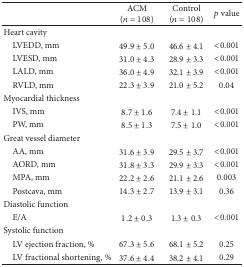
<table><thead><tr><td><b> </b></td><td><b>ACM (<i>n</i> = 108)</b></td><td><b>Control (<i>n</i> = 108)</b></td><td><b><i>p</i> value</b></td></tr></thead><tbody><tr><td>Heart cavity</td><td> </td><td> </td><td> </td></tr><tr><td> LVEDD, mm</td><td>49.9 ± 5.0</td><td>46.6 ± 4.1</td><td>&lt;0.001</td></tr><tr><td> LVESD, mm</td><td>31.0 ± 4.3</td><td>28.9 ± 3.3</td><td>&lt;0.001</td></tr><tr><td> LALD, mm</td><td>36.0 ± 4.9</td><td>32.1 ± 3.9</td><td>&lt;0.001</td></tr><tr><td> RVLD, mm</td><td>22.3 ± 3.9</td><td>21.0 ± 5.2</td><td>0.04</td></tr><tr><td>Myocardial thickness</td><td> </td><td> </td><td> </td></tr><tr><td> IVS, mm</td><td>8.7 ± 1.6</td><td>7.4 ± 1.1</td><td>&lt;0.001</td></tr><tr><td> PW, mm</td><td>8.5 ± 1.3</td><td>7.5 ± 1.0</td><td>&lt;0.001</td></tr><tr><td>Great vessel diameter</td><td> </td><td> </td><td> </td></tr><tr><td> AA, mm</td><td>31.6 ± 3.9</td><td>29.5 ± 3.7</td><td>&lt;0.001</td></tr><tr><td> AORD, mm</td><td>31.8 ± 3.3</td><td>29.9 ± 3.3</td><td>&lt;0.001</td></tr><tr><td> MPA, mm</td><td>22.2 ± 2.6</td><td>21.1 ± 2.6</td><td>0.003</td></tr><tr><td> Postcava, mm</td><td>14.3 ± 2.7</td><td>13.9 ± 3.1</td><td>0.36</td></tr><tr><td>Diastolic function</td><td> </td><td> </td><td> </td></tr><tr><td> E/A</td><td>1.2 ± 0.3</td><td>1.3 ± 0.3</td><td>&lt;0.001</td></tr><tr><td>Systolic function</td><td> </td><td> </td><td> </td></tr><tr><td> LV ejection fraction, %</td><td>67.3 ± 5.6</td><td>68.1 ± 5.2</td><td>0.25</td></tr><tr><td> LV fractional shortening, %</td><td>37.6 ± 4.4</td><td>38.2 ± 4.1</td><td>0.29</td></tr></tbody></table>